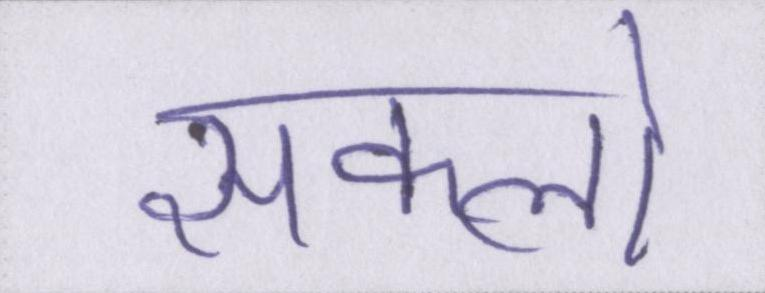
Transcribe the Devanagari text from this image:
सकलो